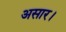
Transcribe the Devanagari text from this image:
असार।